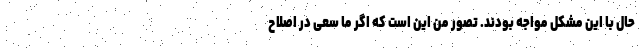
حال با این مشکل مواجه بودند. تصور من این است که اگر ما سعی در اصلاح